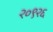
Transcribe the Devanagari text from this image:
२०९२६